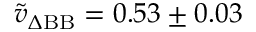
\tilde { v } _ { \Delta \mathrm { B B } } = 0 . 5 3 \pm 0 . 0 3